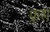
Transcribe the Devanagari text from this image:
फ्ररा